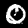
Digit: 0